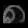
Digit: ၈